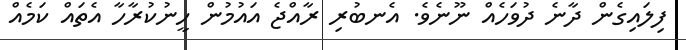
ފިލައިގެން ދާނެ ދުވަހެއް ނޫނެވެ. އެނބުރި ރާއްޖެ އައުމުން ހީނުކުރާހާ އެތައް ކަމެއް